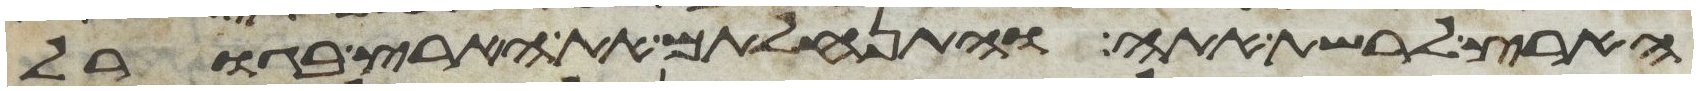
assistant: הארץ לרשת אתה והתנחלתם את הארץ בגורל